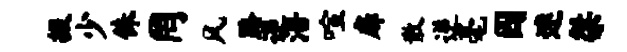
掇少侏罔风路逆涪喧扉散逆毫囚迷桀